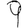
Digit: 9